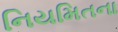
નિયમિતના